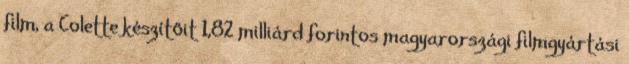
film, a Colette készítőit 1,82 milliárd forintos magyarországi filmgyártási